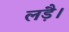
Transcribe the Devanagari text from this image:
लड़ै।